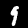
Label: 9